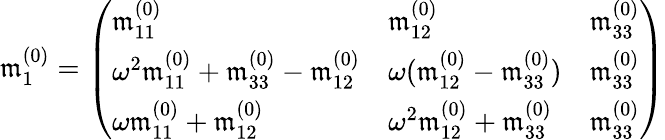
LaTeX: \begin{array}{r}{\mathfrak{m}_{1}^{(0)}=\left(\begin{array}{lll}{\mathfrak{m}_{11}^{(0)}}&{\mathfrak{m}_{12}^{(0)}}&{\mathfrak{m}_{33}^{(0)}}\\ {\omega^{2}\mathfrak{m}_{11}^{(0)}+\mathfrak{m}_{33}^{(0)}-\mathfrak{m}_{12}^{(0)}}&{\omega(\mathfrak{m}_{12}^{(0)}-\mathfrak{m}_{33}^{(0)})}&{\mathfrak{m}_{33}^{(0)}}\\ {\omega\mathfrak{m}_{11}^{(0)}+\mathfrak{m}_{12}^{(0)}}&{\omega^{2}\mathfrak{m}_{12}^{(0)}+\mathfrak{m}_{33}^{(0)}}&{\mathfrak{m}_{33}^{(0)}}\end{array}\right)}\end{array}